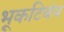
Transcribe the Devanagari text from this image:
भूकटिबंध